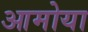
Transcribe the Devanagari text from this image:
आमोया